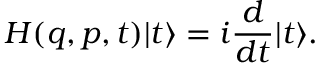
H ( q , p , t ) | t \rangle = i \frac { d } { d t } | t \rangle .